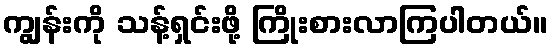
ကျွန်းကို သန့်ရှင်းဖို့ ကြိုးစားလာကြပါတယ်။